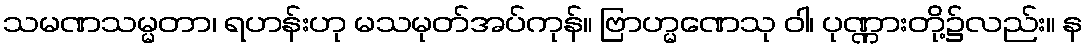
သမဏသမ္မတာ၊ ရဟန်းဟု မသမုတ်အပ်ကုန်။ ဗြာဟ္မဏေသု ဝါ၊ ပုဏ္ဏားတို့၌လည်း။ န